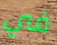
في